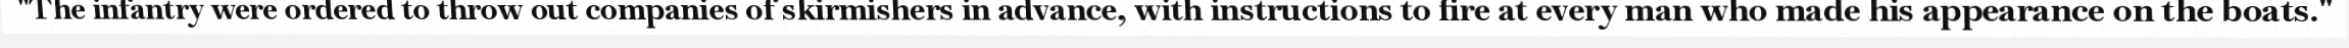
"The infantry were ordered to throw out companies of skirmishers in advance, with instructions to fire at every man who made his appearance on the boats."